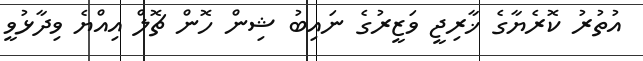
އުތުރު ކޮރެޔާގެ ޚާރިޖީ ވަޒީރުގެ ނައިބު ޝިން ހޮން ޗޮލް އިއްޔެ ވިދާޅުވީ